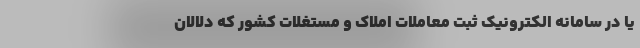
یا در سامانه الکترونیک ثبت معاملات املاک و مستغلات کشور که دلالان